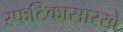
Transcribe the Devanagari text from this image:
स्फटिकासारखे